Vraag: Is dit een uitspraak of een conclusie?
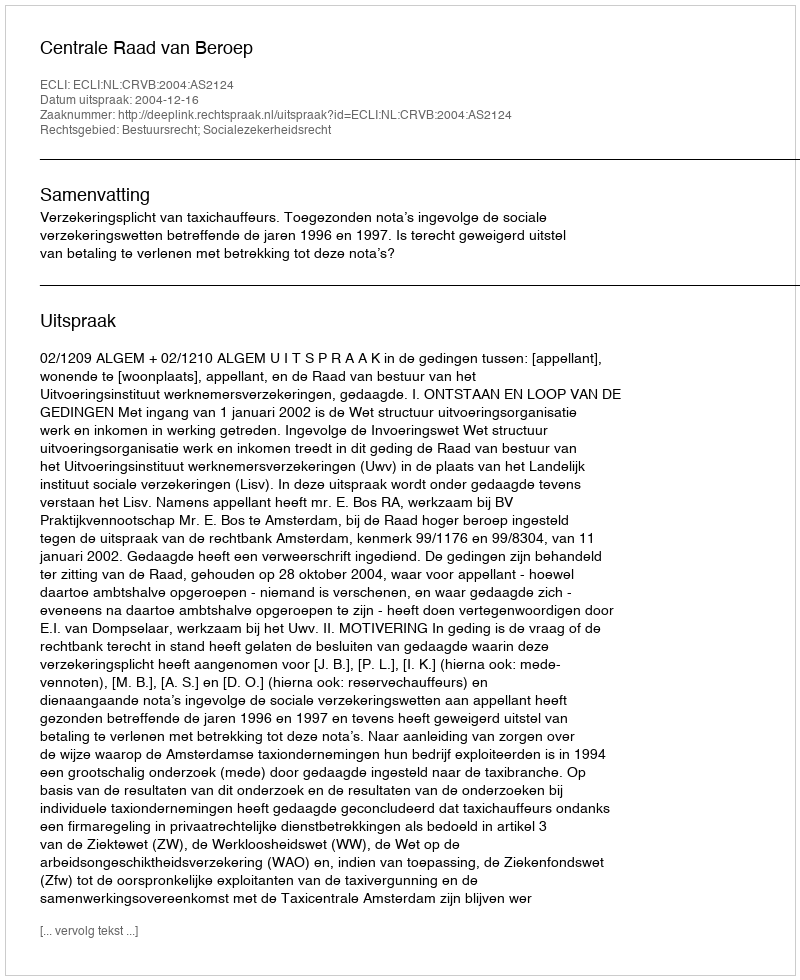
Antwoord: Uitspraak